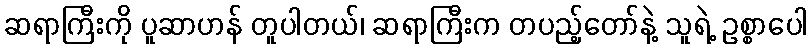
ဆရာကြီးကို ပူဆာဟန် တူပါတယ်၊ ဆရာကြီးက တပည့်တော်နဲ့ သူရဲ့ ဥစ္စာပေါ